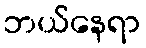
ဘယ်နေရာ